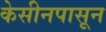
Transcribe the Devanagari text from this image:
केसीनपासून